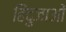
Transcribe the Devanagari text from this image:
हिंदुजाओं